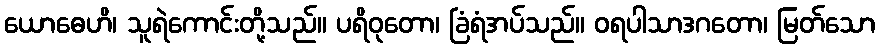
ယောဓေဟိ၊ သူရဲကောင်းတို့သည်။ ပရိဝုတော၊ ခြံရံအပ်သည်။ ဝရပါသာဒဂတော၊ မြတ်သော